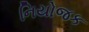
નિયોજક